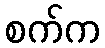
စက်က